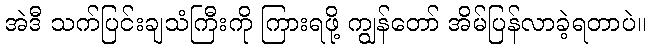
အဲဒီ သက်ပြင်းချသံကြီးကို ကြားရဖို့ ကျွန်တော် အိမ်ပြန်လာခဲ့ရတာပဲ။